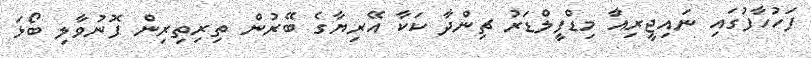
ފަހުހާފުގައި ނައިޖީރިއާ މިޑްފީލްޑަރު ޗިންދާ ކަކާ އޭރިޔާގެ ބޭރުން ތިރިތިރިން ފޮނުވާލި ބޯޅަ